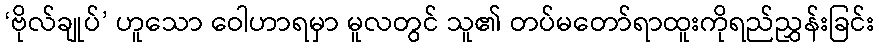
‘ဗိုလ်ချုပ်’ ဟူသော ဝေါဟာရမှာ မူလတွင် သူ၏ တပ်မတော်ရာထူးကိုရည်ညွှန်းခြင်း